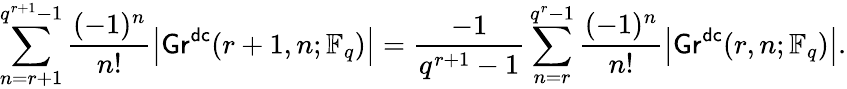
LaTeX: \sum_{n=r+1}^{q^{r+1}-1}\frac{(-1)^{n}}{n!}\left|\mathsf{Gr}^{\mathsf{dc}}(r+1,n;\mathbb{F}_{q})\right|=\frac{-1}{q^{r+1}-1}\sum_{n=r}^{q^{r}-1}\frac{(-1)^{n}}{n!}\left|\mathsf{Gr}^{\mathsf{dc}}(r,n;\mathbb{F}_{q})\right|.